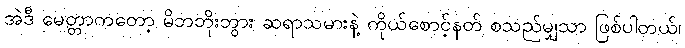
အဲဒီ မေတ္တာကတော့ မိဘဘိုးဘွား ဆရာသမားနဲ့ ကိုယ်စောင့်နတ် စသည်မျှသာ ဖြစ်ပါတယ်၊